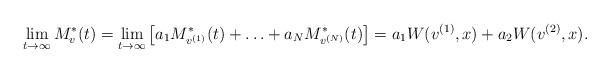
LaTeX: \begin{align*}\lim_{t\to\infty}M^*_v(t)=\lim_{t\to\infty}\big[a_1M^*_{v^{(1)}}(t)+\ldots+a_NM^*_{v^{(N)}}(t)\big]=a_1W(v^{(1)},x)+a_2W(v^{(2)},x).\end{align*}